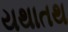
યથાતથ